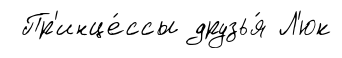
Пр'инце́ссы друзья́ Л'юк